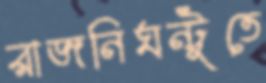
রাজনিঘন্টুতে